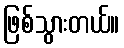
ဖြစ်သွားတယ်။